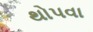
થોપવા